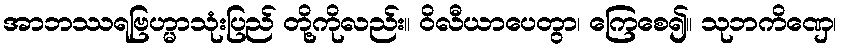
အာဘဿရဗြဟ္မာသုံးပြည် တို့ကိုလည်း။ ဝိလီယာပေတွာ၊ ကြေစေ၍။ သုဘကိဏှေ၊